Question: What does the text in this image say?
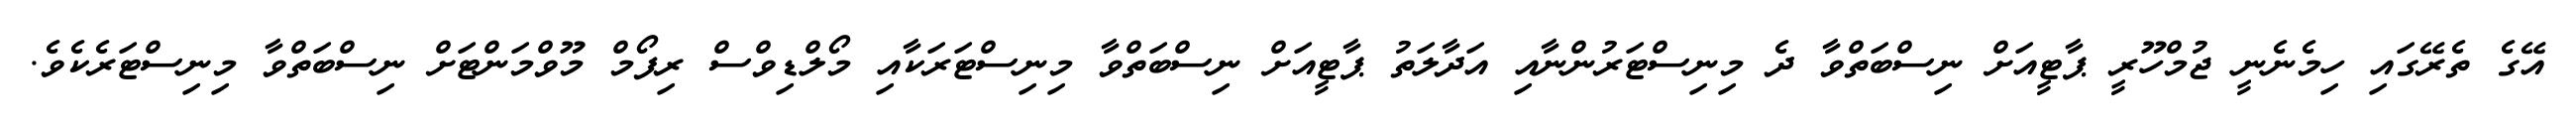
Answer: އޭގެ ތެރޭގައި ހިމެނެނީ ޖުމްހޫރީ ޕާޓީއަށް ނިސްބަތްވާ ދެ މިނިސްޓަރުންނާއި އަދާލަތު ޕާޓީއަށް ނިސްބަތްވާ މިނިސްޓަރަކާއި މޯލްޑިވްސް ރިފޯމް މޫވްމަންޓަށް ނިސްބަތްވާ މިނިސްޓަރެކެވެ.